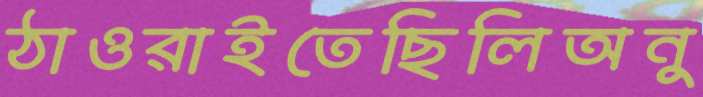
ঠাওরাইতেছিলিঅনু